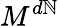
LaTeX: M^{d\mathbb{N}}